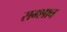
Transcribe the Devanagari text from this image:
राम्शाव